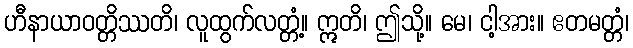
ဟီနာယာဝတ္တိဿတိ၊ လူထွက်လတ္တံ့။ ဣတိ၊ ဤသို့။ မေ၊ ငါ့အား။ ဧတမတ္တံ၊